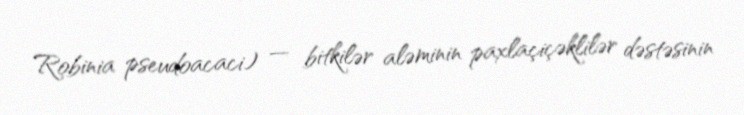
Robinia pseudoacaci) — bitkilər aləminin paxlaçiçəklilər dəstəsinin